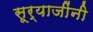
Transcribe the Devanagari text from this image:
सूर्याजींनी